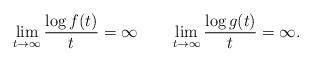
LaTeX: \begin{align*} \lim_{t\to\infty} \frac{\log f(t)}{t}=\infty \quad\quad\lim_{t\to\infty} \frac{\log g(t)}{t}=\infty.\end{align*}